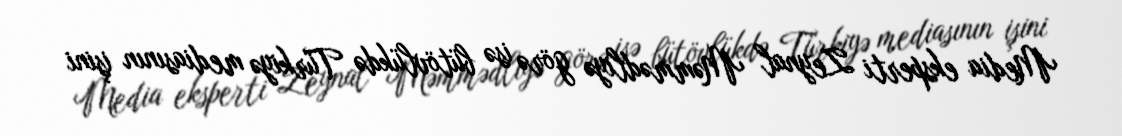
Media eksperti Zeynal Məmmədliyə görə isə bütövlükdə Türkiyə mediasının işini